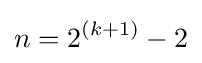
n=2^{(k+1)}-2